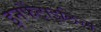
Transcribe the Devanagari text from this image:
इनफैंटाइलिज्म